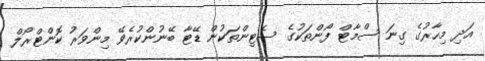
އަދި މިހާރުގެ ގިނަ ސްމާޓް ފޯންތަކުގެ ސެޓިންތަކުން ޑޭޓާ ބޭނުންކުރެވޭ މިންވަރު ކޮންޓްރޯލް